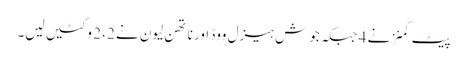
پیٹ کمنز نے 4 جبکہ جوش ہیزل ووڈ اور ناتھن لیون نے 2، 2 وکٹیں لیں۔